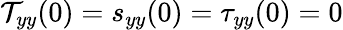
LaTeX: \mathcal{T}_{yy}(0)=s_{yy}(0)=\tau_{yy}(0)=0